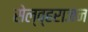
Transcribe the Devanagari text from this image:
सेल्व्हराजन